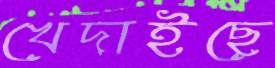
খেদাইছে